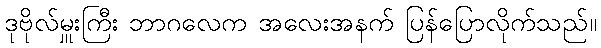
ဒုဗိုလ်မှူးကြီး ဘာဂလေက အလေးအနက် ပြန်ပြောလိုက်သည်။